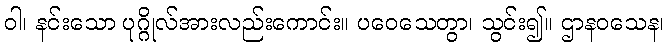
ဝါ၊ နင်းသော ပုဂ္ဂိုလ်အားလည်းကောင်း။ ပဝေသေတွာ၊ သွင်း၍။ ဌာနဝသေန၊